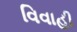
વિવાહી